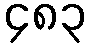
၄၈၃